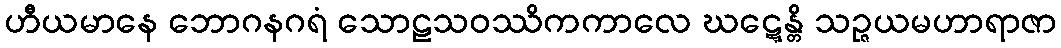
ဟီယမာနေ ဘောဂနဂရံ သောဠသဝဿိကကာလေ ဃဋ္ဋေန္တိ သဉ္ဇယမဟာရာဇာ